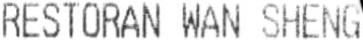
RESTORAN WAN SHENG